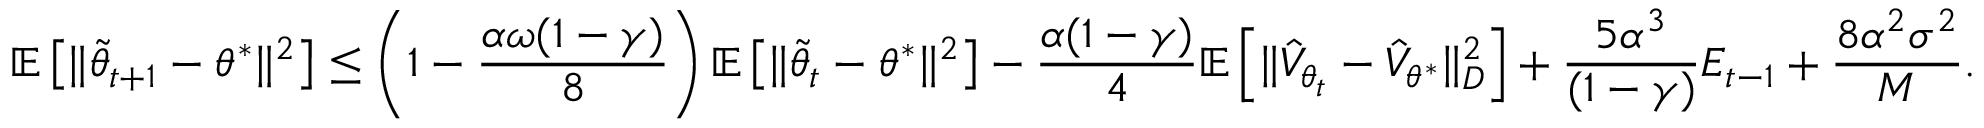
\mathbb { E } \left[ \Vert \tilde { \theta } _ { t + 1 } - \theta ^ { * } \Vert ^ { 2 } \right] \leq \left( 1 - \frac { \alpha \omega ( 1 - \gamma ) } { 8 } \right) \mathbb { E } \left[ \Vert \tilde { \theta } _ { t } - \theta ^ { * } \Vert ^ { 2 } \right] - \frac { \alpha ( 1 - \gamma ) } { 4 } \mathbb { E } \left[ \Vert \hat { V } _ { { \theta } _ { t } } - \hat { V } _ { \theta ^ { * } } \Vert _ { D } ^ { 2 } \right] + \frac { 5 \alpha ^ { 3 } } { ( 1 - \gamma ) } E _ { t - 1 } + \frac { 8 \alpha ^ { 2 } \sigma ^ { 2 } } { M } .